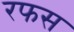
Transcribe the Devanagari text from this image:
रफस